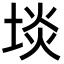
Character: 埮